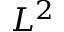
L ^ { 2 }